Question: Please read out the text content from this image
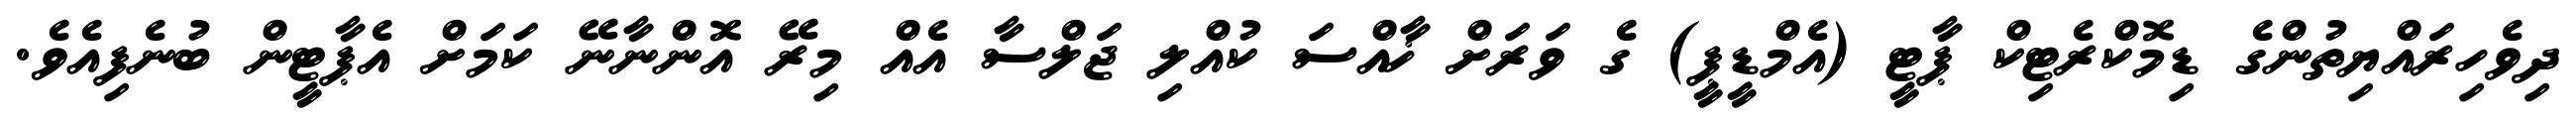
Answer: ދިވެހިރައްޔިތުންގެ ޑިމޮކްރެޓިކް ޕާޓީ (އެމްޑީޕީ) ގެ ވަރަށް ޚާއްސަ ކުއްލި ޖަލްސާ އެއް މިރޭ އޮންނާނޭ ކަމަށް އެޕާޓީން ބުނެފިއެވެ.